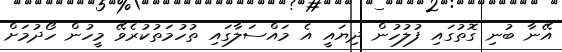
އޭނާ ބުނި ގޮތުގައި ފުލުހުން ދިޔައީ އެ މައްސަލާގައި ތުހުމަތުކުރެވޭ މީހުން ހޯދުމަށް